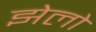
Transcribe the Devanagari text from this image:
झेलो